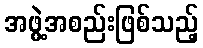
အဖွဲ့အစည်းဖြစ်သည့်